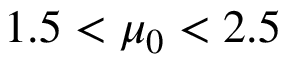
1 . 5 < \mu _ { 0 } < 2 . 5